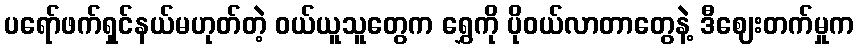
ပရော်ဖက်ရှင်နယ်မဟုတ်တဲ့ ဝယ်ယူသူတွေက ရွှေကို ပိုဝယ်လာတာတွေနဲ့ ဒီဈေးတက်မှုက